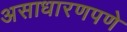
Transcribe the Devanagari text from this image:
असाधारणपणे